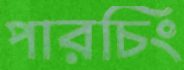
পারচিং